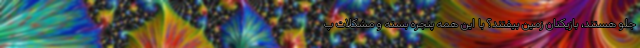
جلو هستند، بازیکنان زمین بیفتند؟ با این همه پنجره بسته و مشکلات پ